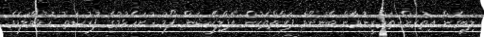
ލިބިގެން އިތުރަށް ތަމްރީނުވާން ބޭނުންވާ ފަރާތްތަކުން އެޕްލިކޭޝަން ފޯމު ހުށަހެޅުމުގެ ފުރުޞަތު ހުޅުވާލަމެވެ.